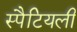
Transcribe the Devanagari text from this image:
स्पैटियली